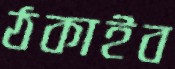
ঠকাইব